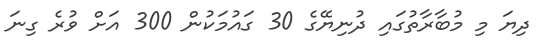
ދިޔަ މި މުބާރާތުގައި ދުނިޔޭގެ 30 ގައުމަކުން 300 އަށް ވުރެ ގިނަ